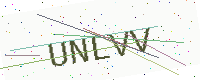
Text: UNLVV